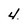
Character: 4